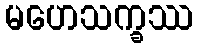
မဟေသက္ခဿ